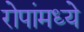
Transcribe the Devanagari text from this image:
रोपांमध्ये